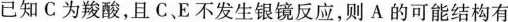
已知C为羧酸，且C.E不发生银镜反应，则A的可能结构有